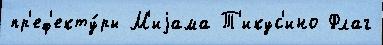
пр'еф'екту́ры М'иjама Т'икус'ино Флаг